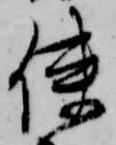
使